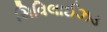
સિવિલાઈઝડ